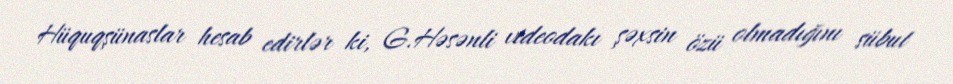
Hüquqşünaslar hesab edirlər ki, G.Həsənli videodakı şəxsin özü olmadığını sübut